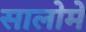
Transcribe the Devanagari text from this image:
सालोमे